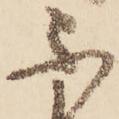
不